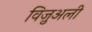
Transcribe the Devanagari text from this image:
विज़ुअली